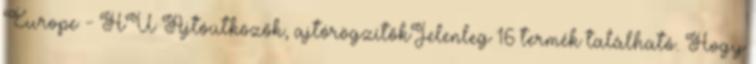
Europe - HU Ajtóütközők, ajtórögzítőkJelenleg 16 termék található. Hogy